Report on the cultivation and use of ganja
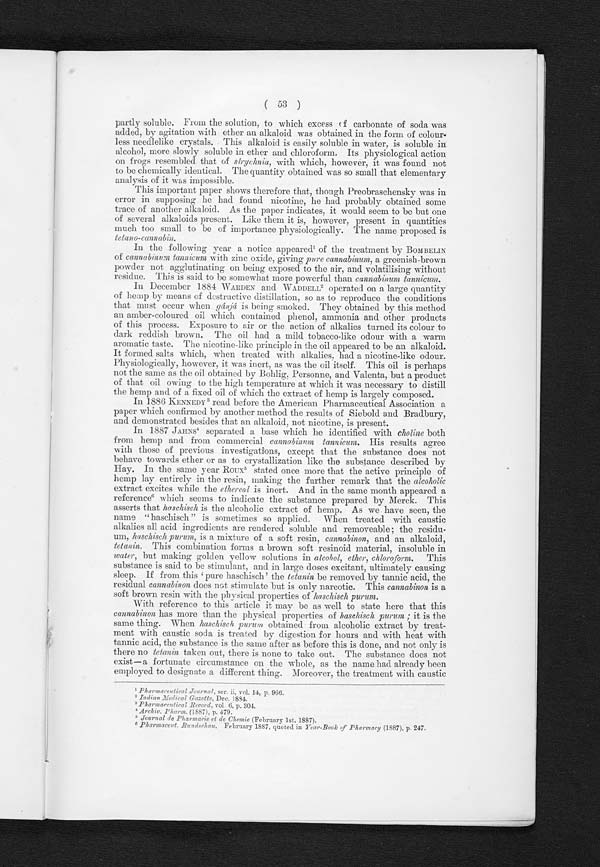
( 53 )
partly soluble. From the solution, to which excess of carbonate of soda was
added, by agitation with ether an alkaloid was obtained in the form of colour-
less needlelike crystals. This alkaloid is easily soluble in water, is soluble in
alcohol, more slowly soluble in ether and chloroform. Its physiological action
on frogs resembled that of strychnia, with which, however, it was found not
to be chemically identical. The quantity obtained was so small that elementary
analysis of it was impossible.
This important paper shows therefore that, though Preobraschensky was in
error in supposing he had found nicotine, he had probably obtained some
trace of another alkaloid. As the paper indicates, it would seem to be but one
of several alkaloids present. Like them it is, however, present in quantities
much too small to be of importance physiologically. The name proposed is
t ct
ano-c annabin
In the following year a notice appeared of the treatment by BOMBELIN
of cannabinum tannicum with zinc oxide, giving pur e cannabinum, a greenish-brown
powder not agglutinating on being exposed to the air, and volatilising without
residue. This is said to be somewhat more powerful than cannabinum tannicum.
In December 1884 WARDEN and W ADDELL2 operated on a large quantity
of hemp by means of destructive distillation, so as to reproduce the conditions
that must occur when gánjá is being smoked. They obtained by this method
an amber-coloured oil which contained phenol, ammonia and other products
of this process. Exposure to air or the action of alkalies turned its colour to
dark reddish brown. The oil had a mild tobacco-like odour -with a warm
aromatic taste. The nicotine-like principle in the oil appeared to be an alkaloid.
It formed salts which, when treated with alkalies, had a nicotine-like odour.
Physiologically, however, it was inert, as was the oil itself. This oil is perhaps
not the same as the oil obtained by Bohlig, Personne, and Valenta, but a product
of that oil owing to the high temperature at which it was necessary to distill
the hemp and of a fixed oil of which the extract of hemp is largely composed.
In 1886 KENNEDY3 read before the American Pharmaceutical Association a
paper which confirmed by another method the results of Siebold and Bradbury,
and demonstrated besides that an alkaloid, not nicotine, is present.
In 1887 JAHNS4 separated a base which he identified with choline both
from hemp and from commercial cannabinum tannicum. His results agree
with those of previous investigations, except that the substance does not
behave towards ether or as to crystallization like the substance described by
Hay. In the same year Roux5 s t a t e d o n c e m o r e t h a t t h e a c t i v e p r i n c i p l e o f
hemp lay entirely in the resin, making the further remark that the alcoholic
extract excites while the ethercal is inert. And in the same month appeared a
reference6 w h i c h s e e m s t o i n d i c a t e t h e s u b s t a n c e p r e p a r e d b y M e r c k . T h i s
asserts that haschisch is the alcoholic extract of hemp. As we have seen, the
name "haschisch" is sometimes so applied. When treated with caustic
alkalies all acid ingredients are rendered soluble and removeable; the residu-
um, haschisch purum, is a mixture of a soft resin, cannabinon, and an alkaloid,
tetanin. This combination forms a brown soft resinoid material, insoluble in
water, but making golden yellow solutions in alcohol, ether, chloroform. This
substance is said to be stimulant, and in large doses excitant, ultimately causing
sleep. If from this 'pure haschisch' the t e t a n i n
b e r e m o v e d b y t a n n i c a c i d , t h e
residual cannabinon does not stimulate but is only narcotic. This cannabinon is a
soft brown resin with the physical properties of haschisch purum.
With reference to this article it may be as well to state here that this
cannabinon has more than the physical properties of haschisch purum ; it is the
same thing. When haschisch purum obtained from alcoholic extract by treat-
ment with caustic soda is treated by digestion for hours and with heat with
tannic acid, the substance is the same after as before this is done, and not only is
there no tetanin taken out, there is none to take out. The substance does not
exist—a fortunate circumstance on the whole, as the name had already been
employed to designate a different thing. Moreover, the treatment with caustic
¹ Pharmaceutical Journal,ser ii. vol. 14, p. 966.
² Indian Medical Gazette, D e c . 1 8 8 4 .
³ Pharmaceutical Record v o l 6 , p . 3 0 4 .
4 Archiv. Pharm.(1887). p . 4 7 9 .
5 Journal de Pharmacie et dc Chemie (February 1st, 1887).
6
P
harmaceut. Rundschau, February 1887, quoted in Year-Book of Pharmacy (1887) , p. 247.